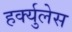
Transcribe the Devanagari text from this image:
हर्क्युलेस